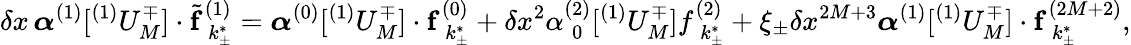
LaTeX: \delta x\, \boldsymbol{\alpha}^{(1)}[^{(1)}U_{M}^{\mp}]\cdot\tilde{\mathbf{f}}_{\hphantom{(}k_{\pm}^{*}}^{(1)}=\boldsymbol{\alpha}^{(0)}[^{(1)}U_{M}^{\mp}]\cdot\mathbf{f}_{\hphantom{(}k_{\pm}^{*}}^{(0)}+\delta x^{2}\alpha_{\hphantom{(}0}^{(2)}[^{(1)}U_{M}^{\mp}]f_{\hphantom{(}k_{\pm}^{*}}^{(2)}+\xi_{\pm}\delta x^{2M+3}\boldsymbol{\alpha}^{(1)}[^{(1)}U_{M}^{\mp}]\cdot\mathbf{f}_{\hphantom{(}k_{\pm}^{*}}^{(2M+2)},